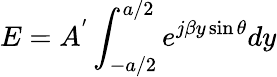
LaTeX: E=A^{'}\int_{-a/2}^{a/2}e^{j\beta y\sin\theta}dy